Elephants and their diseases
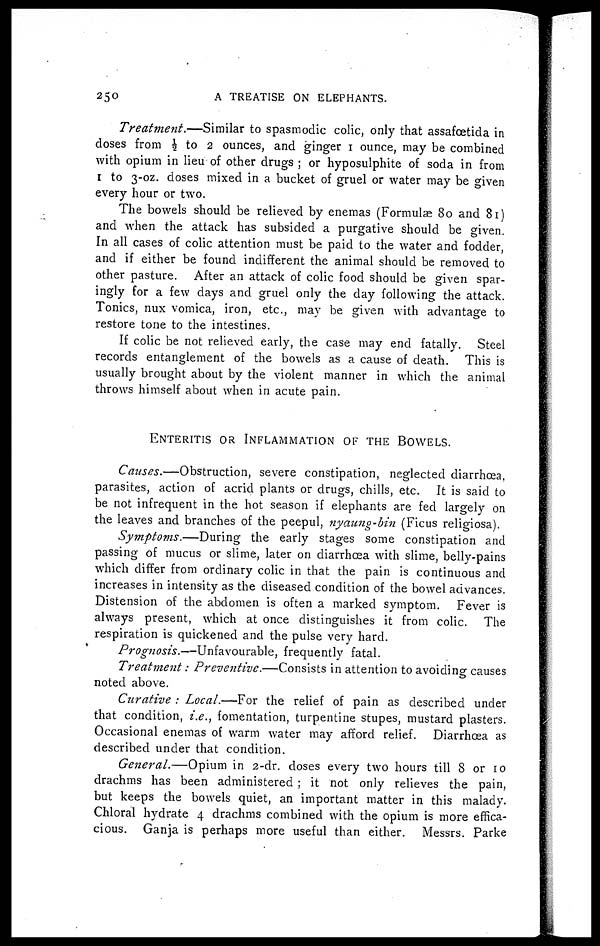
250
A TREATISE ON ELEPHANTS.
Treatment.—Similar
to spasmodic colic, only that assafœtida in
doses from ½ to 2 ounces, and ginger 1 ounce, may be combined
with opium in lieu of other drugs ; or hyposulphite of soda in from
1 to 3-oz. doses mixed in a bucket of gruel or water may be given
every hour or two.
The bowels should be relieved by enemas (Formulae 80 and 81)
and when the attack has subsided a purgative should be given.
In all cases of colic attention must be paid to the water and fodder,
and if either be found indifferent the animal should be removed to
other pasture. After an attack of colic food should be given spar-
ingly for a few days and gruel only the day following the attack.
Tonics, nux vomica, iron, etc., may be given with advantage to
restore tone to the intestines.
If colic be not relieved early, the case may end fatally. Steel
records entanglement of the bowels as a cause of death. This is
usually brought about by the violent manner in which the animal
throws himself about when in acute pain.
ENTERITIS OR INFLAMMATION OF THE BOWELS.
Causes.—Obstruction,
severe constipation, neglected diarrhoea,
parasites, action of acrid plants or drugs, chills, etc. It is said to
be not infrequent in the hot season if elephants are fed largely on
the leaves and branches of the peepul, nyaung-bin (Ficus religiosa).
Symptoms.—During
the early stages some constipation and
passing of mucus or slime, later on diarrhoea with slime, belly-pains
which differ from ordinary colic in that the pain is continuous and
increases in intensity as the diseased condition of the bowel advances.
Distension of the abdomen is often a marked symptom. Fever is
always present, which at once distinguishes it from colic. The
respiration is quickened and the pulse very hard.
Prognosis.—Unfavourable,
frequently fatal.
Treatment: Preventive.—Consists
in attention to avoiding causes
noted above.
Curative : Local.—For the relief of pain as described under
that condition, i.e., fomentation, turpentine stupes, mustard plasters.
Occasional enemas of warm water may afford relief. Diarrhoea as
described under that condition.
General.—Opium in 2-dr. doses every two hours till 8 or 10
drachms has been administered ; it not only relieves the pain,
but keeps the bowels quiet, an important matter in this malady.
Chloral hydrate 4 drachms combined with the opium is more effica-
cious. Ganja is perhaps more useful than either. Messrs. Parke